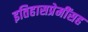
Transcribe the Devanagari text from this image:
इतिहासप्रेमींसह